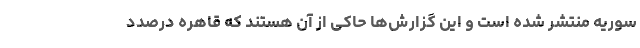
سوریه منتشر شده است و این گزارش‌ها حاکی از آن هستند که قاهره درصدد